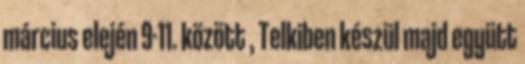
március elején 9-11. között , Telkiben készül majd együtt